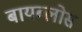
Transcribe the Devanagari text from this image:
बायब्लोस